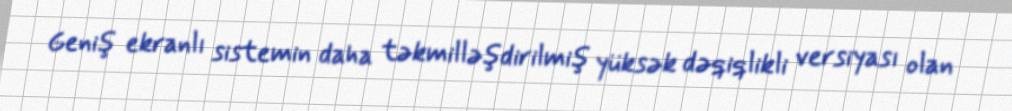
Geniş ekranlı sistemin daha təkmilləşdirilmiş yüksək dəqiqlikli versiyası olan